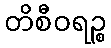
တိစီဝရဉ္စ